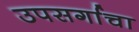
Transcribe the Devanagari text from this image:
उपसर्गाचा